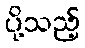
ပို့သည့်